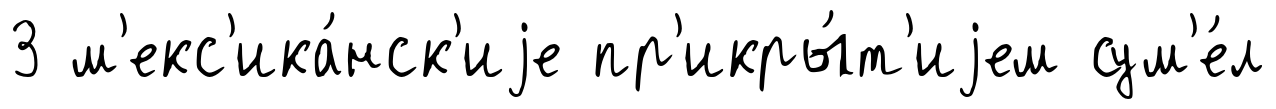
3 м'екс'ика́нск'иjе пр'икры́т'иjем сум'е́л